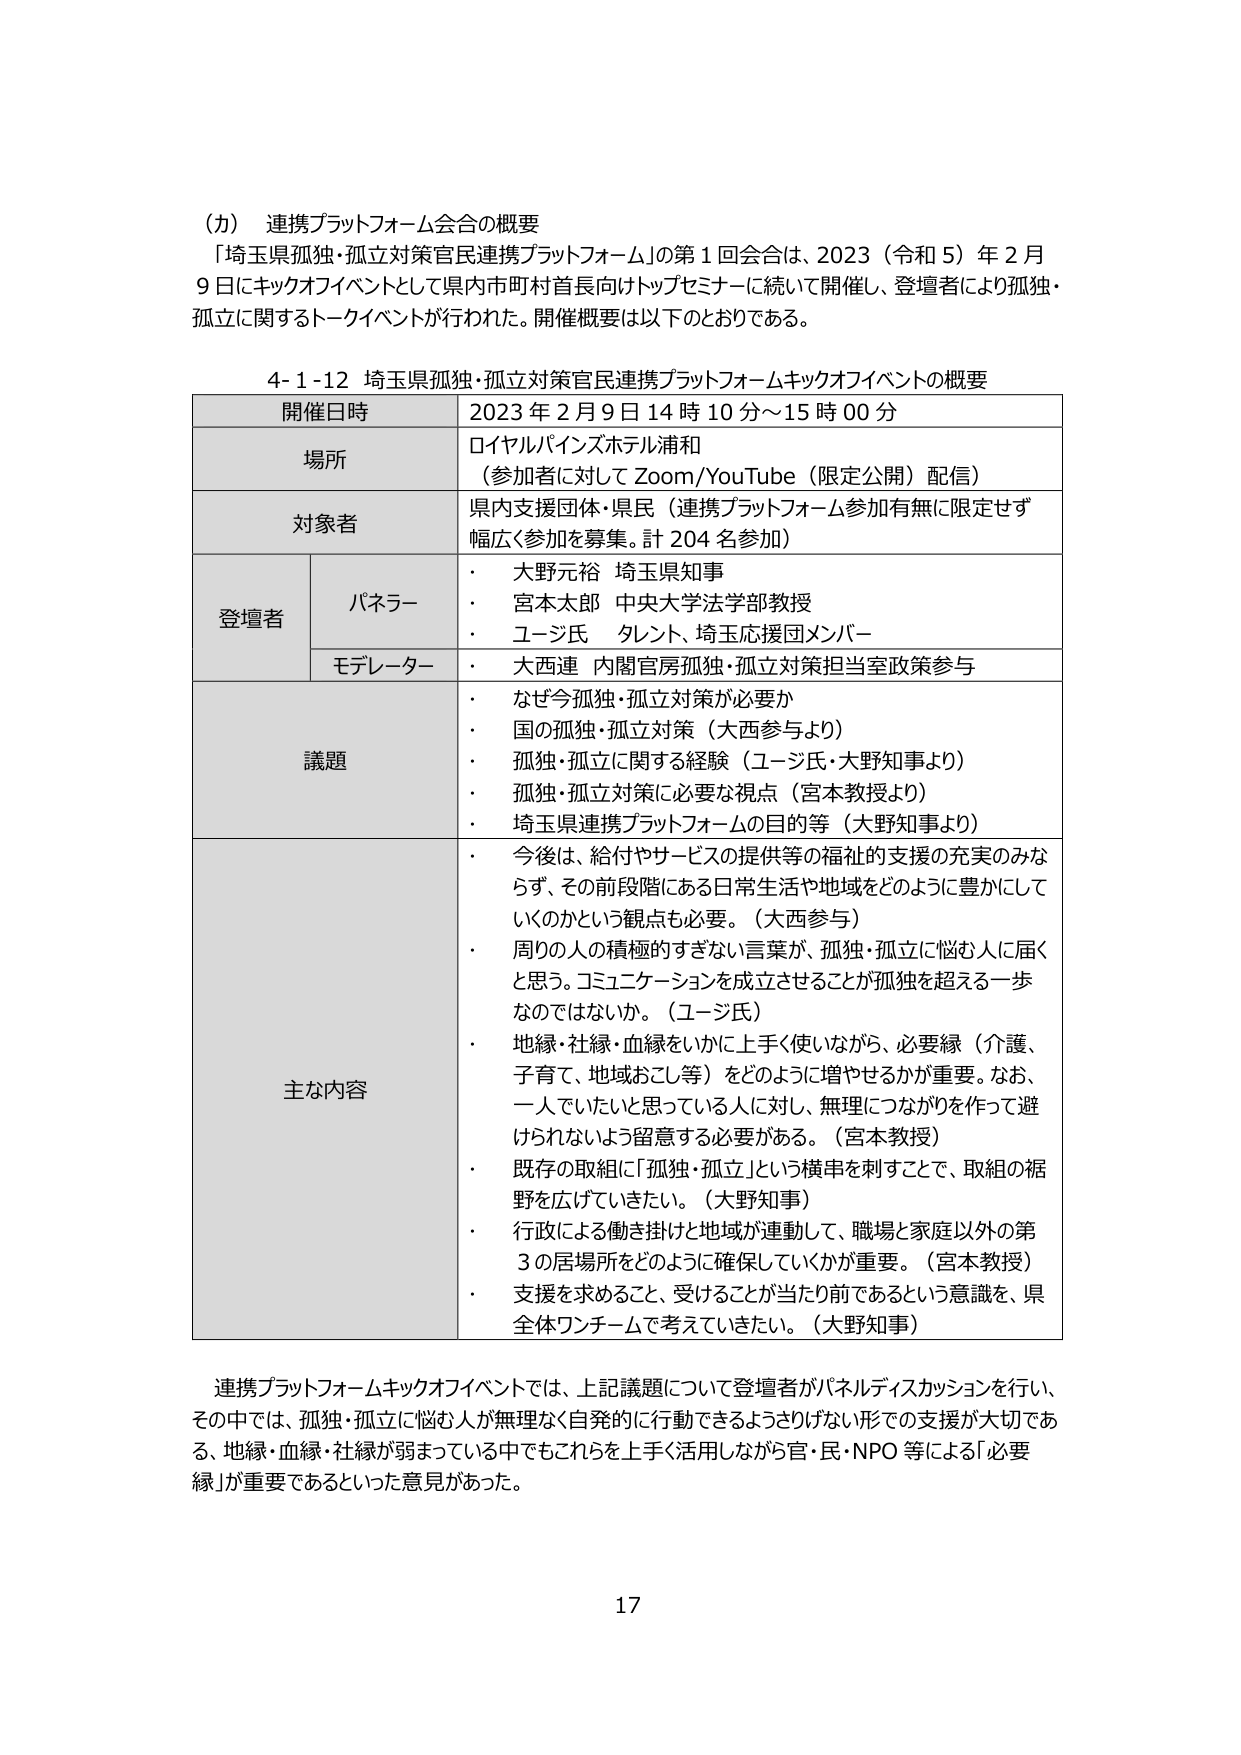
（カ） 連携プラットフォーム会合の概要
「埼玉県孤独・孤立対策官民連携プラットフォーム」の第１回会合は、2023（令和５）年２月９日にキックオフイベントとして県内市町村首長向けトップセミナーに続いて開催し、登壇者により孤独・孤立に関するトークイベントが行われた。開催概要は以下のとおりである。

4-1-12 埼玉県孤独・孤立対策官民連携プラットフォームキックオフイベントの概要

| 開催日時 | 2023年2月9日14時10分～15時00分 |
|----------|----------------------------------|
| 場所     | ロイヤルパインズホテル浦和<br>（参加者に対してZoom/YouTube（限定公開）配信） |
| 対象者   | 県内支援団体・県民（連携プラットフォーム参加有無に限定せず<br>幅広く参加を募集。計204名参加） |
| 登壇者   | パネラー<br>・ 大野元裕 埼玉県知事<br>・ 宮本太郎 中央大学法学部教授<br>・ ユージ氏 タレント、埼玉応援団メンバー<br>モデレーター<br>・ 大西連 内閣官房孤独・孤立対策担当室政策参与 |
| 議題     | ・ なぜ今孤独・孤立対策が必要か<br>・ 国の孤独・孤立対策（大西参与より）<br>・ 孤独・孤立に関する経験（ユージ氏・大野知事より）<br>・ 孤独・孤立対策に必要な視点（宮本教授より）<br>・ 埼玉県連携プラットフォームの目的等（大野知事より） |
| 主な内容 | ・ 今後は、給付やサービスの提供等の福祉的支援の充実のみならず、その前段階にある日常生活や地域をどのように豊かにしていくのかという観点も必要。（大西参与）<br>・ 周りの人の積極的すぎない言葉が、孤独・孤立に悩む人に届くと思う。コミュニケーションを成立させることが孤独を超える一歩なのではないか。（ユージ氏）<br>・ 地縁・社縁・血縁をいかに上手く使いながら、必要縁（介護、子育て、地域おこし等）をどのように増やせるかが重要。なお、一人でいたいと思っている人に対し、無理につながりを作って避けられないよう留意する必要がある。（宮本教授）<br>・ 既存の取組に「孤独・孤立」という横串を刺すことで、取組の裾野を広げていきたい。（大野知事）<br>・ 行政による働き掛けと地域が連動して、職場と家庭以外の第3の居場所をどのように確保していくかが重要。（宮本教授）<br>・ 支援を求めること、受けることが当たり前であるという意識を、県全体ワンチームで考えていきたい。（大野知事） |

連携プラットフォームキックオフイベントでは、上記議題について登壇者がパネルディスカッションを行い、その中では、孤独・孤立に悩む人が無理なく自発的に行動できるようさりげない形での支援が大切である、地縁・血縁・社縁が弱まっている中でもこれらを上手く活用しながら官・民・NPO等による「必要縁」が重要であるといった意見があった。

17